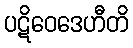
ပဋိဝေဒေဟီတိ